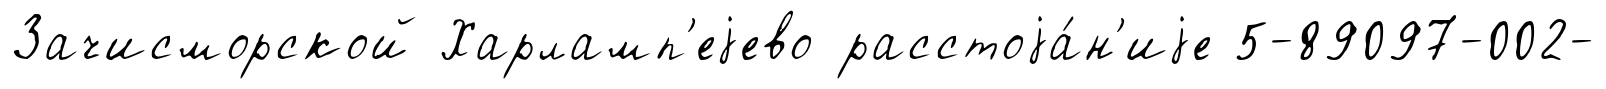
Зачисморской Харламп'еjево расстоjа́н'иjе 5-89097-002-